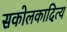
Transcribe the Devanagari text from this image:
सकोलकादित्य